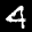
Label: 4